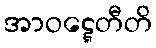
အာဝဋ္ဋေတီတိ